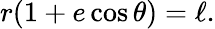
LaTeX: r(1+e\cos\theta)=\ell.